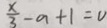
\frac { x } { 3 } - a + 1 = 0